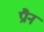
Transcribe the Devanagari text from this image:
प्रौन